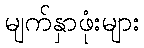
မျက်နှာဖုံးများ